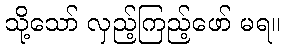
သို့သော် လှည့်ကြည့်ဖော် မရ။